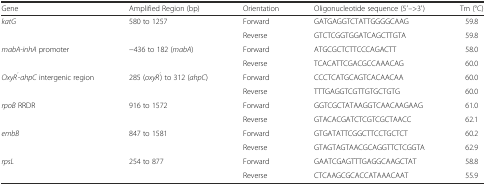
| Gene | Amplified Region (bp) | Orientation | Oligonucleotide sequence (5′-->3′) | Tm (°C) |
 | --- | --- | --- | --- | --- |
 | katG | 580 to 1257 | Forward | GATGAGGTCTATTGGGGCAAG | 59.8 |
 |  |  | Reverse | GTCTCGGTGGATCAGCTTGTA | 59.8 |
 | mabA-inhA promoter | −436 to 182 (mabA) | Forward | ATGCGCTCTTCCCAGACTT | 58.0 |
 |  |  | Reverse | TCACATTCGACGCCAAACAG | 60.0 |
 | OxyR’-ahpC intergenic region | 285 (oxyR’) to 312 (ahpC) | Forward | CCCTCATGCAGTCACAACAA | 60.0 |
 |  |  | Reverse | TTTGAGGTCGTTGTGCTGTG | 60.0 |
 | rpoB RRDR | 916 to 1572 | Forward | GGTCGCTATAAGGTCAACAAGAAG | 61.0 |
 |  |  | Reverse | GTACACGATCTCGTCGCTAACC | 62.1 |
 | embB | 847 to 1581 | Forward | GTGATATTCGGCTTCCTGCTCT | 60.2 |
 |  |  | Reverse | GTAGTAGTAACGCAGGTTCTCGGTA | 62.9 |
 | rpsL | 254 to 877 | Forward | GAATCGAGTTTGAGGCAAGCTAT | 58.8 |
 |  |  | Reverse | CTCAAGCGCACCATAAACAAT | 55.9 |